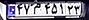
۴۷م۴۵۱۲۳